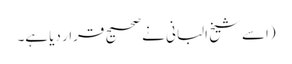
(اسے شیخ البانی نے صحیح قرار دیا ہے۔